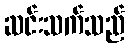
ဆင်းသက်သည်